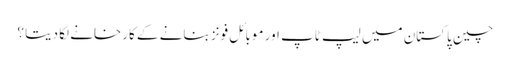
چین پاکستان میں لیپ ٹاپ اور موبائل فونز بنانے کے کارخانے لگا دیتا ؟